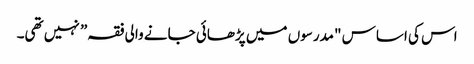
اس کی اساس "مدرسوں میں پڑھائی جانے والی فقہ” نہیں تھی۔